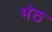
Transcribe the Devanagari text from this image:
भेठ